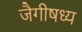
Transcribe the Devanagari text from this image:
जैगीषध्य